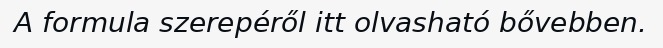
A formula szerepéről itt olvasható bővebben.